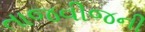
તાજવીજની